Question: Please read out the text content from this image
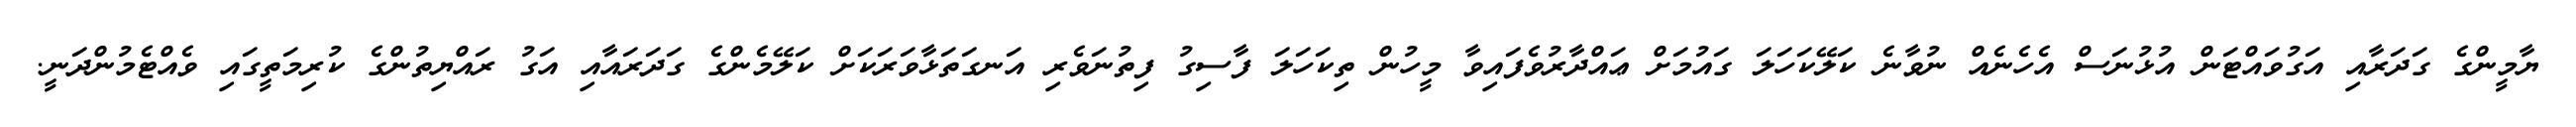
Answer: ޔާމީންގެ ގަދަރާއި އަގުވައްޓަން އުޅުނަސް އެހެނެއް ނުވާނެ ކަލޭކަހަލަ ގައުމަށް ޢައްދާރުވެފައިވާ މީހުން ތިކަހަލަ ފާސިގު ފިތުނަވެރި އަނގަތަޅާވަރަކަށް ކަލޭމެންގެ ގަދަރައާއި އަގު ރައްޔިތުންގެ ކުރިމަތީގައި ވެއްޓެމުންދަނީ.